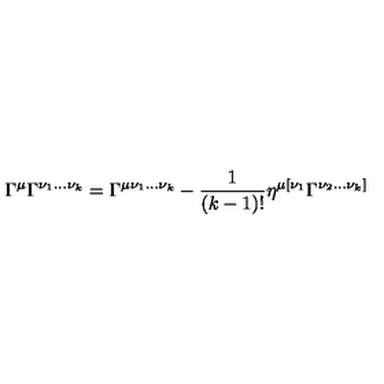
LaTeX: \Gamma ^ { \mu } \Gamma ^ { \nu _ { 1 } . . . \nu _ { k } } = \Gamma ^ { \mu \nu _ { 1 } . . . \nu _ { k } } - { \frac { 1 } { ( k - 1 ) ! } } \eta ^ { \mu [ \nu _ { 1 } } \Gamma ^ { \nu _ { 2 } . . . \nu _ { k } ] }